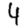
Digit: 4